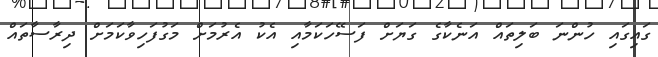
ގައިގައި ހުންނަ ބަލިތައް އަނެކާގެ ގަޔަށް ފަސޭހަކަމާއި އެކު އެރުމަށް މަގުފަހިވާކަމަށް ދިރާސާތައް